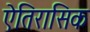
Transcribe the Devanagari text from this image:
ऐतिरासिक